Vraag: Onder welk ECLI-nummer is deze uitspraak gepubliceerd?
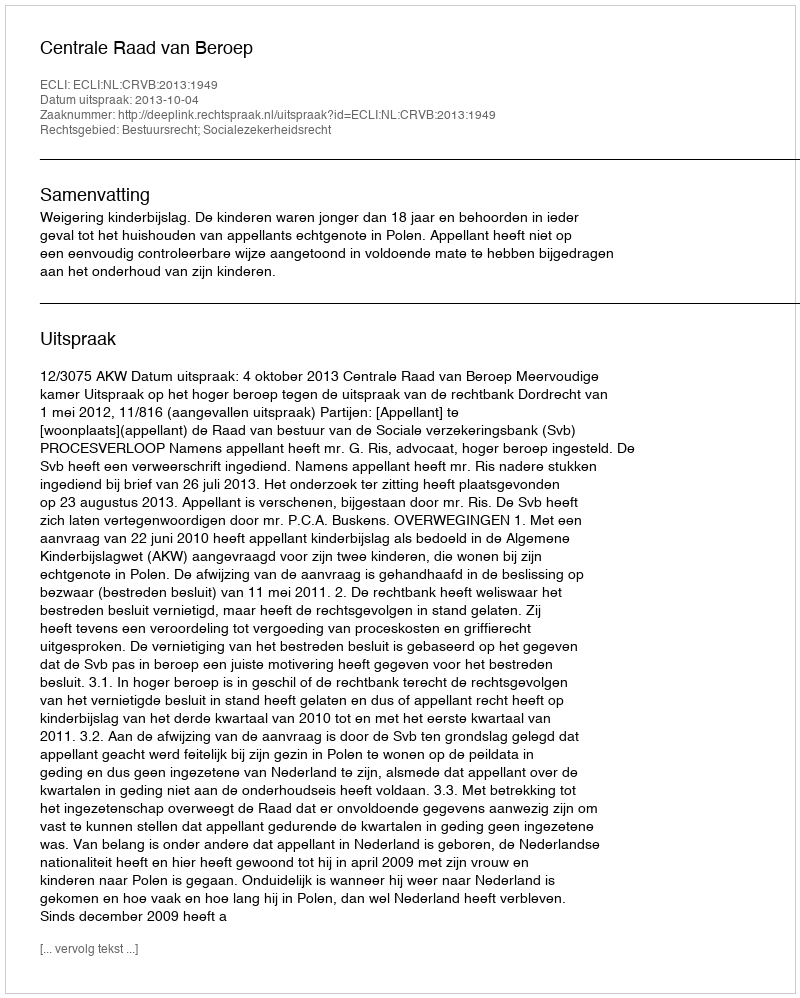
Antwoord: ECLI:NL:CRVB:2013:1949